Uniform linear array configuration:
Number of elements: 16
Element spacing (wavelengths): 0.75
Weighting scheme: blackman
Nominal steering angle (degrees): -60
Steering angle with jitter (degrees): -58.068
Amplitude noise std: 0.05
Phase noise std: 0.05

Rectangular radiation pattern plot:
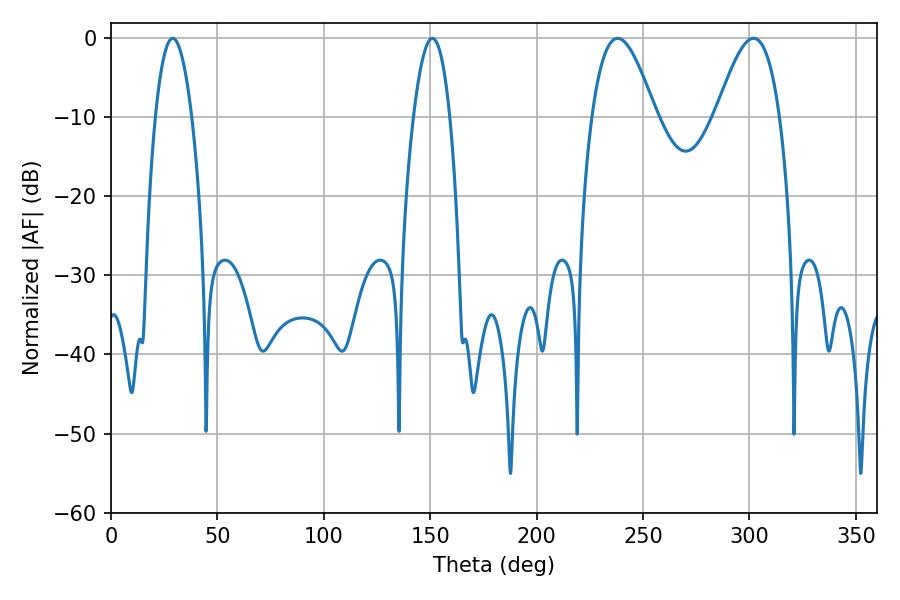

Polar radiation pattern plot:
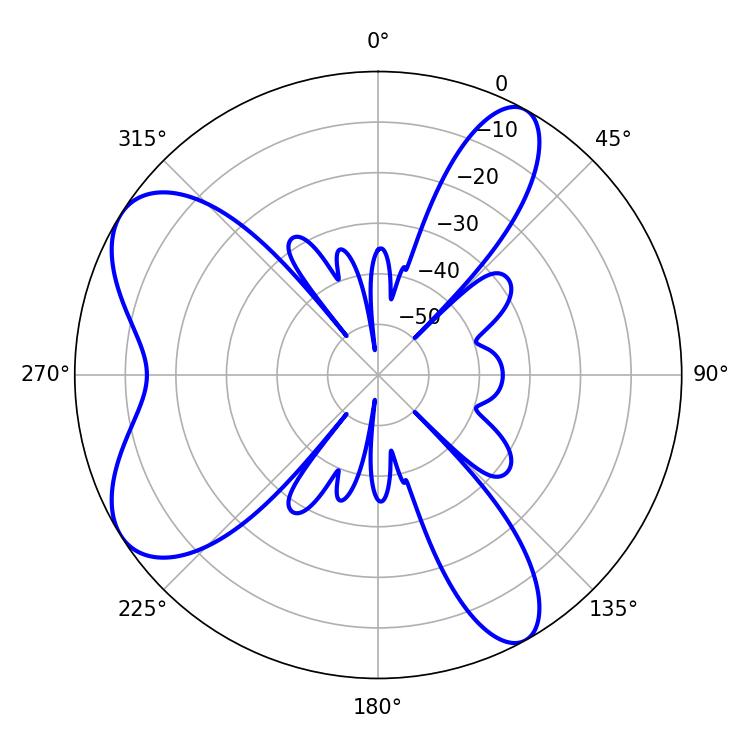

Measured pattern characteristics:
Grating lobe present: TRUE
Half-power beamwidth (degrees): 9.36
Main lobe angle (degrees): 28.98